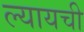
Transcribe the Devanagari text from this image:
ल्यायची